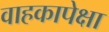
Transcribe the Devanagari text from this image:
वाहकापेक्षा